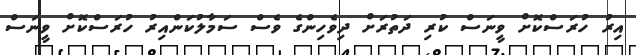
އިރު ހުރަސްކޮށް ވީނަސް ކުރި ދަތުރަށް ދިވެހިންގެ ވެސް ސަމާލުކަންއިރު ހުރަސްކޮށް ވީނަސް